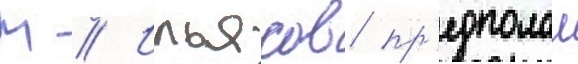
М // Ильясов пр'едполал